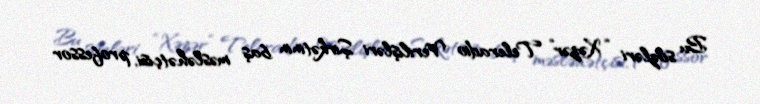
Bu sözləri “Xəzər” Teleradio Verilişləri Şirkətinin baş məsləhətçisi, professor